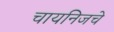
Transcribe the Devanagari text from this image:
चायनिजचे